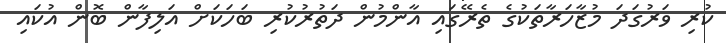
ކުރި ވަރުގަދަ މުޒާހަރާތަކުގެ ތެރޭގައި އާންމުން ދަތުރުކުރި ބަހަކަށް އަލިފާން ބޮން އުކައި